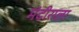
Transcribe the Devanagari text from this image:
मंदीराला